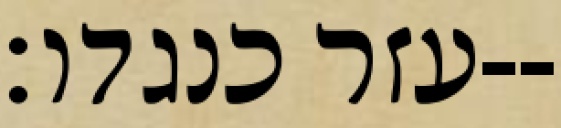
עזר כנגדו׃--